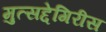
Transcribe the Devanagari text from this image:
मुत्सद्देगिरीस